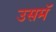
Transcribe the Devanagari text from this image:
उसमॅ